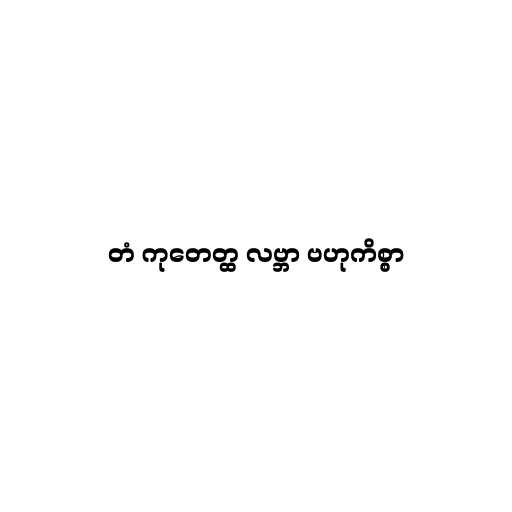
တံ ကုတေတ္ထ လဗ္ဘာ ဗဟုကိစ္စာ